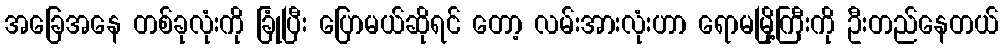
အခြေအနေ တစ်ခုလုံးကို ခြုံပြီး ပြောမယ်ဆိုရင် တော့ လမ်းအားလုံးဟာ ရောမမြို့ကြီးကို ဦးတည်နေတယ်